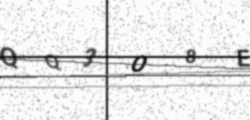
Text: QQ3O8E